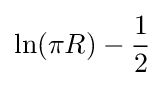
\ln(\pi R)-{\frac {1}{2}}